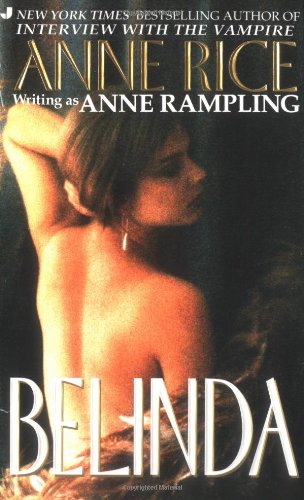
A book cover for Belinda; Anne Rice; Romance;